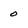
Character: 0